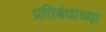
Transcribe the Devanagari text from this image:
प्रतिबंधाच्या